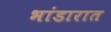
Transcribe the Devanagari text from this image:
भांडारात